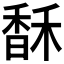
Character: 𩡄